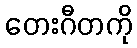
တေးဂီတကို